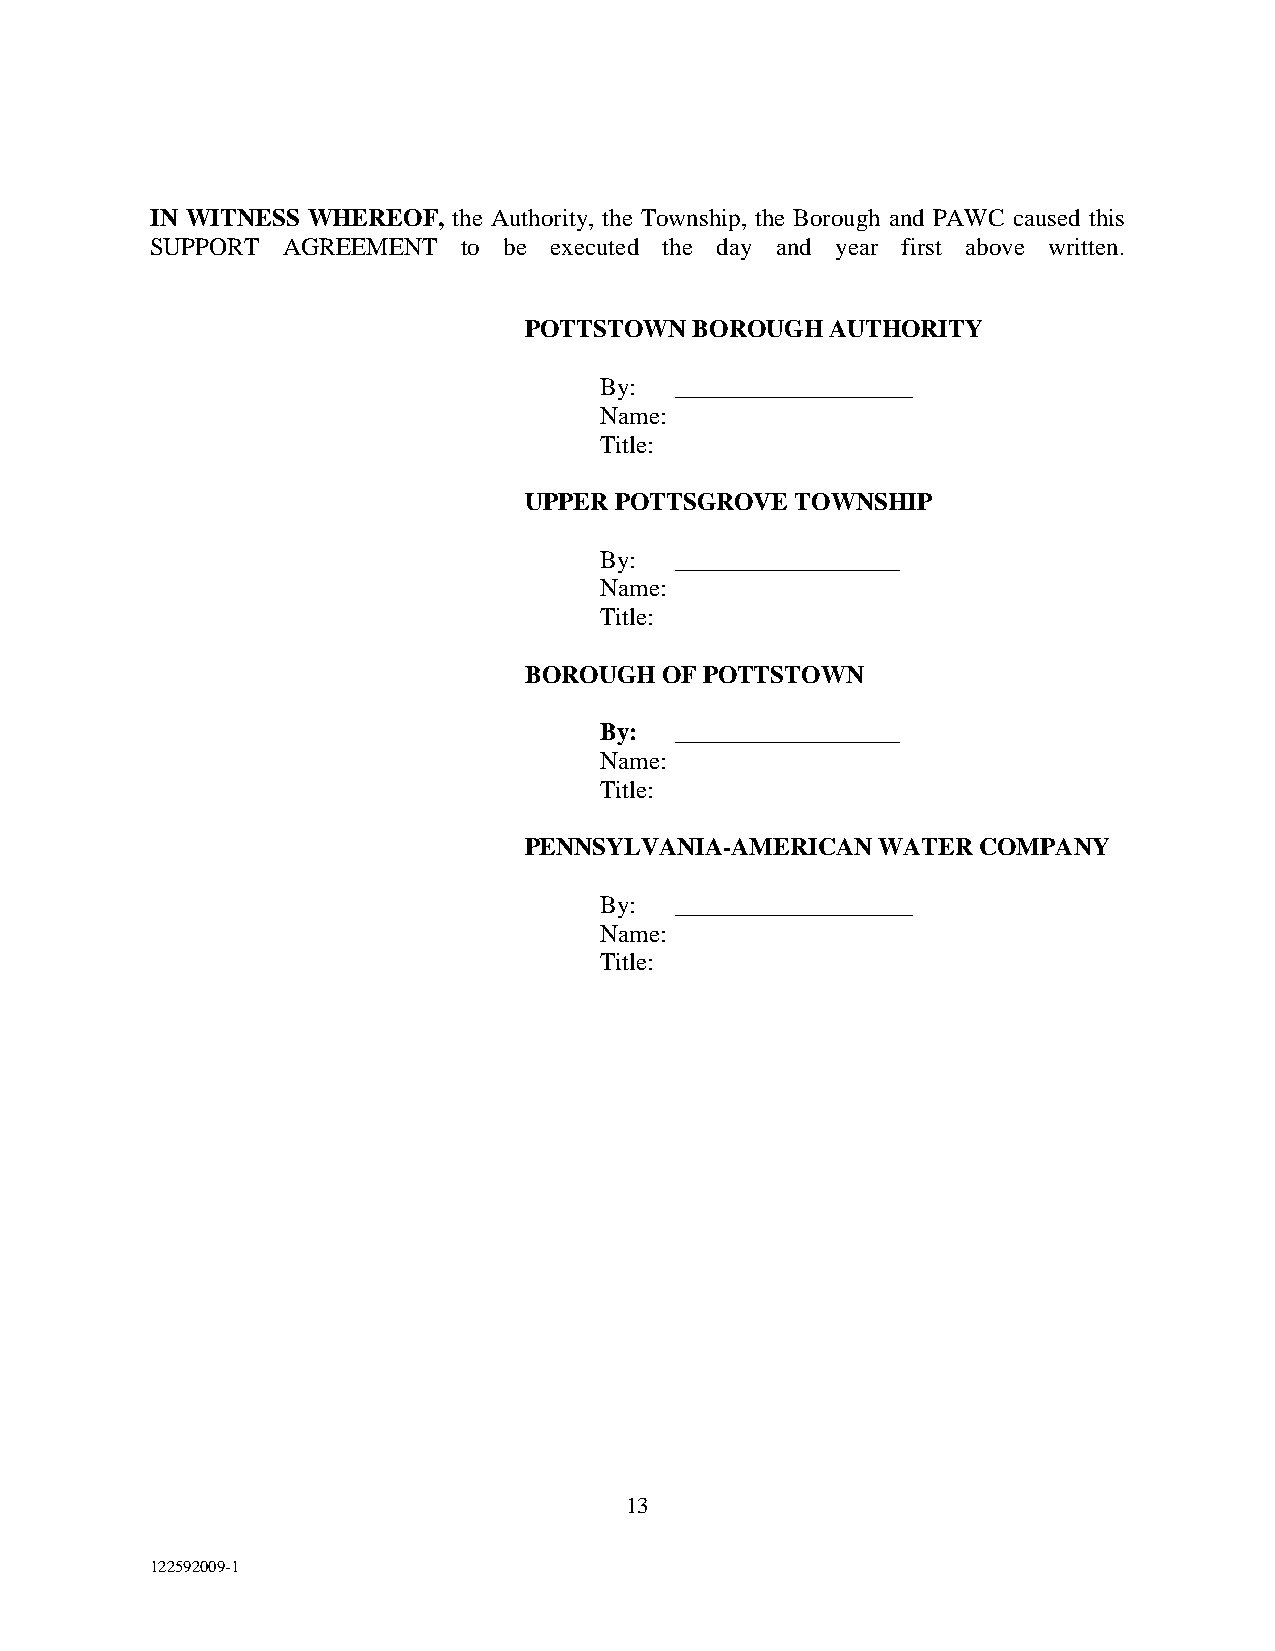
IN WITNESS WHEREOF, the Authority, the Township, the Borough and PAWC caused this
 SUPPORT  AGREEMENT  to be executed the day and year first above written.
 POTTSTOWN  BOROUGH  AUTHORITY
 By:  ___________________
 Name:
 Title:
 UPPER POTTSGROVE  TOWNSHIP
 By:  __________________
 Name:
 Title:
 BOROUGH  OF POTTSTOWN
 By:  __________________
 Name:
 Title:
 PENNSYLVANIA-AMERICAN  WATER  COMPANY
 By:  ___________________
 Name:
 Title:
 13
 122592009-1